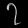
Digit: ၇